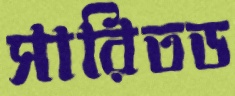
সারিতড